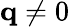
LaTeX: \mathbf q\neq 0